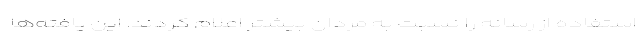
استفاده از رسانه را نسبت به مردان بیشتر اعلام کردند. این یافته‌ها